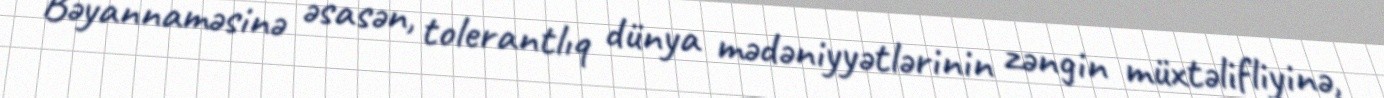
Bəyannaməsinə əsasən, tolerantlıq dünya mədəniyyətlərinin zəngin müxtəlifliyinə,